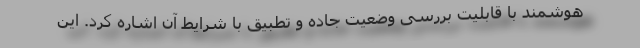
هوشمند با قابلیت بررسی وضعیت جاده و تطبیق با شرایط آن اشاره کرد. این